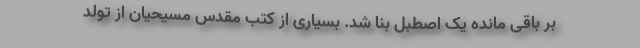
بر باقی مانده یک اصطبل بنا شد. بسیاری از کتب مقدس مسیحیان از تولد